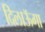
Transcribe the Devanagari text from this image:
दिलाऊॅगा